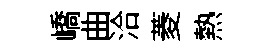
嶠曲洽菱熱